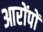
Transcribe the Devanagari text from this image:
आरोंपों